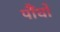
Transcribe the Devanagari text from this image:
पौंधो